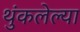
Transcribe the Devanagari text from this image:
थुंकलेल्या